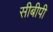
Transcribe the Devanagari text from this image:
सीबीपी